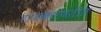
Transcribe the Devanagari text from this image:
राजकारणतील